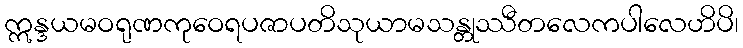
ဣန္ဒယမဝရုဏကုဝေရပဇာပတိသုယာမသန္တုဿီတလေကပါလေဟိပိ၊